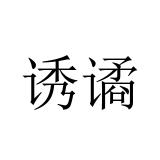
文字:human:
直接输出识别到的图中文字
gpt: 诱谲